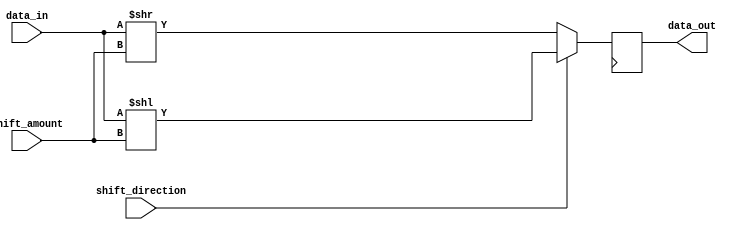
module barrel_shifter (
    input [3:0] data_in,
    input [1:0] shift_amount,
    input shift_direction,
    output reg [3:0] data_out
);

reg [3:0] shifted_data;

always @(*) begin
    if (shift_direction == 1'b0) begin // Shift right
        shifted_data = data_in >> shift_amount;
    end else begin // Shift left
        shifted_data = data_in << shift_amount;
    end
end

always @(posedge clk) begin
    data_out <= shifted_data;
end

endmodule